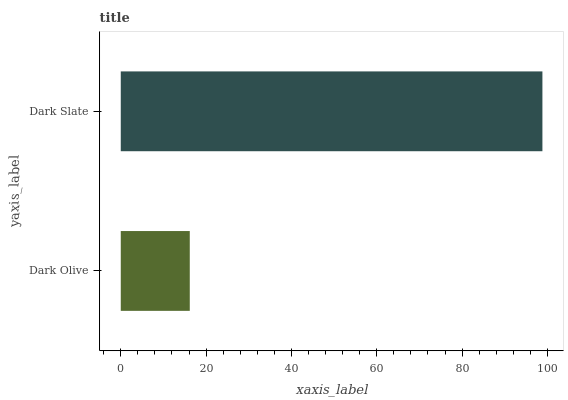
| yaxis_label | bars |
 | --- | --- |
 | Dark Olive | 16.2 |
 | Dark Slate | 98.8 |